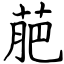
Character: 萉